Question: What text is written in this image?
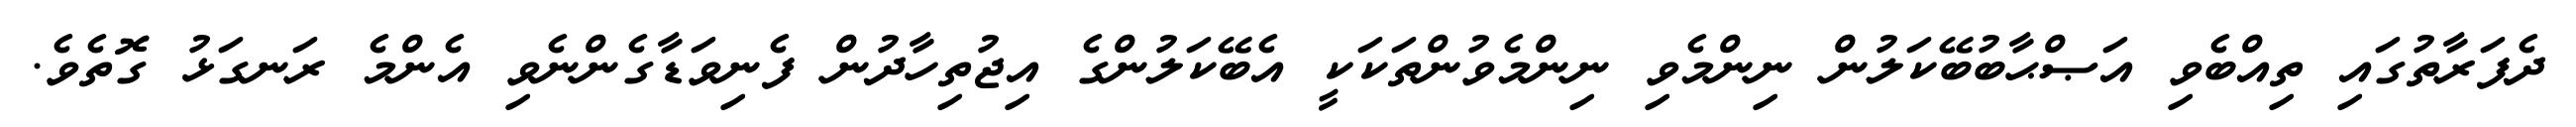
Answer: ދެފަރާތުގައި ތިއްބެވި އަޞްޙާބުބޭކަލުން ނިންމެވި ނިންމެވުންތަކަކީ އެބޭކަލުންގެ އިޖުތިހާދުން ފެނިވަޑާގެންނެވި އެންމެ ރަނގަޅު ގޮތެވެ.